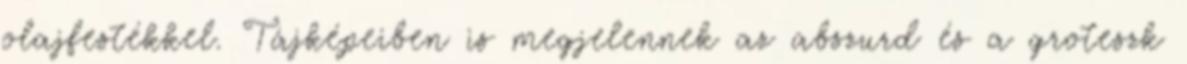
olajfestékkel. Tájképeiben is megjelennek az abszurd és a groteszk